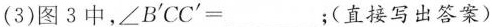
（3）图3中，\angle B'CC'=___;(直接写出答案)